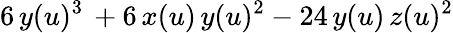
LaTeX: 6\, y(u)^{3}\, +6\, x(u)\, y(u)^{2}-24\, y(u)\, z(u)^{2}